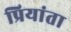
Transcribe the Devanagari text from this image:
प्रियांता